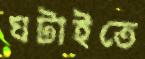
ঘটাইতে